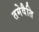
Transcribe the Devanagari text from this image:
तमेवैति